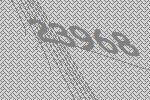
23968